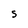
Character: S